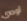
أوصى